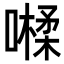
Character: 𡀐